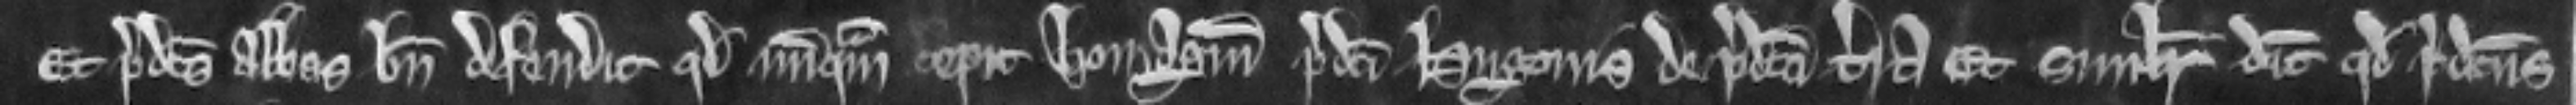
Et predictus Abbas bene defendit quod nunquam cepit homagium predicti Hugonis de predicta terra et similiter dicit quod predictus